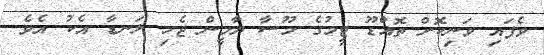
ވެފައި ވަނިކޮށް ތޮއްޑޫ ޓީމުގެ މޫސާ ޔާމީން ޖެހި ލަނޑާ އެކު އެވެ.